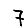
Digit: 7